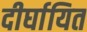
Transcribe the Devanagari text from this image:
दीर्घायित